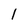
Character: l